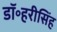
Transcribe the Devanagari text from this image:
डॉ॰हरीसिंह